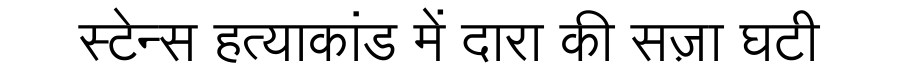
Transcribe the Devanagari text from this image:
स्टेन्स हत्याकांड में दारा की सज़ा घटी